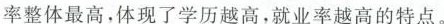
率整体最高，体现了学历越高，就业率越高的特点。